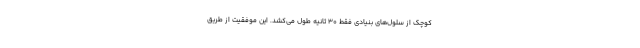
کوچک از سلول‌های بنیادی فقط ۳۰ ثانیه طول می‌کشد. این موفقیت از طریق